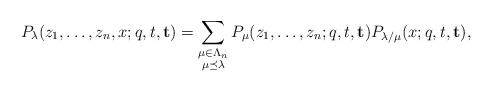
LaTeX: \begin{align*}P_\lambda (z_1,\ldots ,z_n,x; q ,t ,\mathbf{t})=\sum_{\substack{\mu\in\Lambda_n\\ \mu \preceq \lambda}} P_\mu (z_1,\ldots ,z_n ; q ,t ,\mathbf{t})P_{\lambda/\mu}(x; q ,t ,\mathbf{t}),\end{align*}